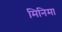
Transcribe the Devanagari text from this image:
मिनिमा